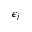
\epsilon _ { j }